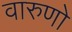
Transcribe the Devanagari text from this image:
वारुणो